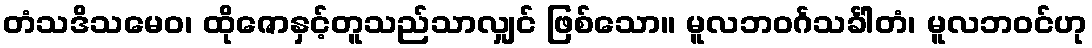
တံသဒိသမေဝ၊ ထိုဇောနှင့်တူသည်သာလျှင် ဖြစ်သော။ မူလဘဝင်္ဂသင်္ခါတံ၊ မူလဘဝင်ဟု